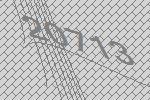
20713